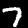
Digit: 7